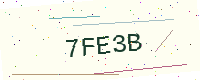
Text: 7FE3B